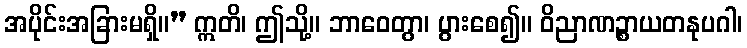
အပိုင်းအခြားမရှိ။” ဣတိ၊ ဤသို့။ ဘာဝေတွာ၊ ပွားစေ၍။ ဝိညာဏဉ္စာယတနုပဂါ၊